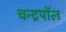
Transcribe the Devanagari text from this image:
चन्द्रपॉल